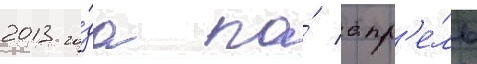
2013 го́да по́ апр'е́ль